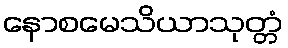
နောစမေသိယာသုတ္တံ